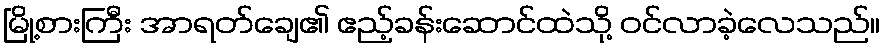
မြို့စားကြီး အာရတ်ချေ၏ ဧည့်ခန်းဆောင်ထဲသို့ ဝင်လာခဲ့လေသည်။